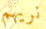
نريهم